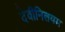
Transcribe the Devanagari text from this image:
देवीनिलयम